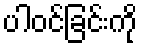
ပါဝင်ခြင်းကို